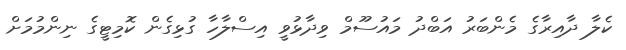
ކެލާ ދާއިރާގެ މެންބަރު އަބްދު މައުސޫމް ވިދާޅުވީ އިސްލާހާ ގުޅިގެން ކޮމިޓީގެ ނިންމުމަށް